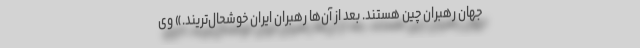
جهان رهبران چین هستند. بعد از آن‌ها رهبران ایران خوشحال‌تریند.» وی